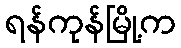
ရန်ကုန်မြို့က